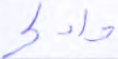
وادكر